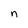
Character: n